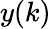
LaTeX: y(k)